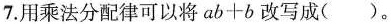
7.用乘法分配律可以将$$a b + b$$改写成()。